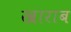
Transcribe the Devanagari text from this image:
खाराब